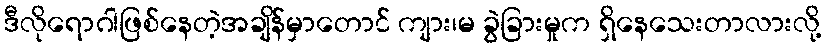
ဒီလိုရောဂါဖြစ်နေတဲ့အချိန်မှာတောင် ကျား၊မ ခွဲခြားမှုက ရှိနေသေးတာလားလို့